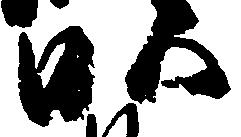
畝